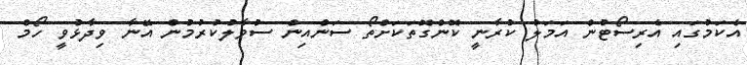
އެކަމުގައި އެރިސޯޓުން އަމަލު ކުރާނީ ކޮންގޮތަކަށްތޯ ސަންއިން ސުވާލުކުރުމުން އޭނާ ވިދާޅުވީ ހޯމް